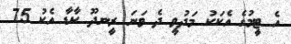
އެ ޓީމުގެ އެކަކު މަދުވީ ދެ ވަނަ ރީނދޫ ކާޑާ އެކު 75